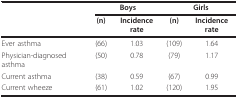
<table><thead><tr><td></td><td colspan="2"><b>Boys</b></td><td colspan="2"><b>Girls</b></td></tr><tr><td></td><td><b>(n)</b></td><td><b>Incidence rate</b></td><td><b>(n)</b></td><td><b>Incidence rate</b></td></tr></thead><tbody><tr><td>Ever asthma</td><td>(66)</td><td>1.03</td><td>(109)</td><td>1.64</td></tr><tr><td>Physician-diagnosed asthma</td><td>(50)</td><td>0.78</td><td>(79)</td><td>1.17</td></tr><tr><td>Current asthma</td><td>(38)</td><td>0.59</td><td>(67)</td><td>0.99</td></tr><tr><td>Current wheeze</td><td>(61)</td><td>1.02</td><td>(120)</td><td>1.95</td></tr></tbody></table>